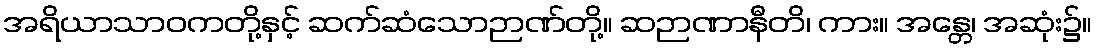
အရိယာသာဝကတို့နှင့် ဆက်ဆံသောဉာဏ်တို့။ ဆဉာဏာနီတိ၊ ကား။ အန္တေ၊ အဆုံး၌။